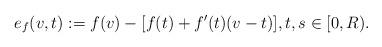
LaTeX: \begin{align*} e_{f}(v,t):=f(v)-[f(t) +f'(t)(v-t)], t, s\in [0,R).\end{align*}